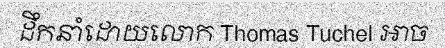
ដឹកនាំដោយលោក Thomas Tuchel អាច